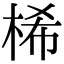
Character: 桸